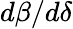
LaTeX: d\beta/d\delta